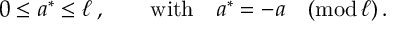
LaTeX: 0 \leq a ^ { * } \leq \ell \, , \qquad \mathrm { w i t h } \quad a ^ { * } = - a \quad ( \mathrm { m o d } \, \ell ) \, .